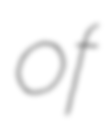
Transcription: of